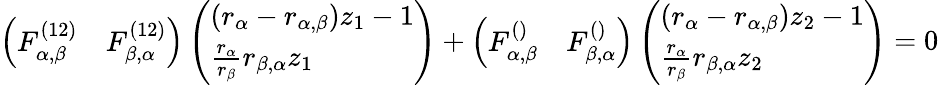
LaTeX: \left(\begin{array}{ll}{F_{\alpha,\beta}^{(12)}}&{F_{\beta,\alpha}^{(12)}}\end{array}\right)\left(\begin{array}{l}{(r_{\alpha}-r_{\alpha,\beta})z_{1}-1}\\ {\frac{r_{\alpha}}{r_{\beta}}r_{\beta,\alpha}z_{1}}\end{array}\right)+\left(\begin{array}{ll}{F_{\alpha,\beta}^{()}}&{F_{\beta,\alpha}^{()}}\end{array}\right)\left(\begin{array}{l}{(r_{\alpha}-r_{\alpha,\beta})z_{2}-1}\\ {\frac{r_{\alpha}}{r_{\beta}}r_{\beta,\alpha}z_{2}}\end{array}\right)=0